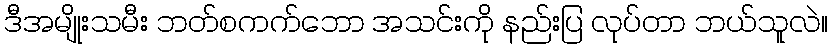
ဒီအမျိုးသမီး ဘတ်စကက်ဘော အသင်းကို နည်းပြ လုပ်တာ ဘယ်သူလဲ။